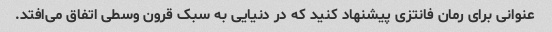
عنوانی برای رمان فانتزی پیشنهاد کنید که در دنیایی به سبک قرون وسطی اتفاق می‌افتد.